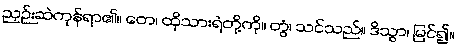
ညှဉ်းဆဲကုန်ရာ၏။ တေ၊ ထိုသားရဲတို့ကို။ တွံ၊ သင်သည်။ ဒိသွာ၊ မြင်၍။